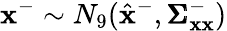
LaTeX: \mathbf{x}^{-}\sim N_{9}(\hat{\mathbf{x}}^{-},\pmb{\Sigma}_{\mathbf{x}\mathbf{x}}^{-})